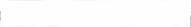
٣١